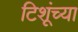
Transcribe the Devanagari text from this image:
टिशूंच्या